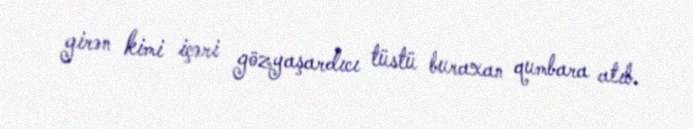
girən kimi içəri gözyaşardıcı tüstü buraxan qumbara atıb.